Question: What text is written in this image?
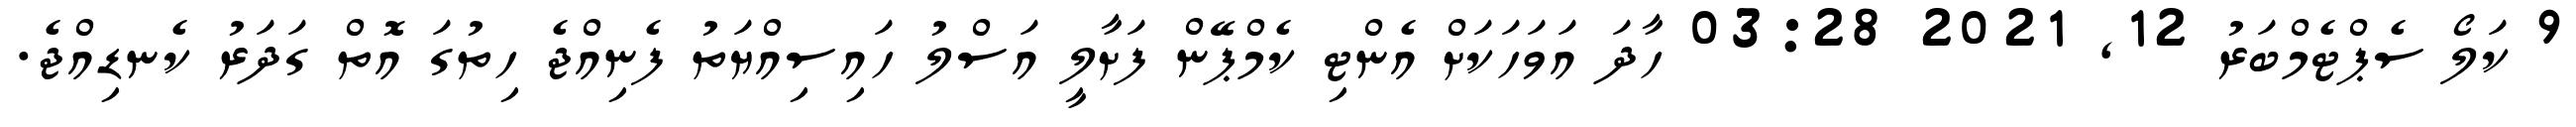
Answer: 9 ކަލޯ ސެޕްޓެމްބަރު 12, 2021 03:28 ހާދަ އަވަހަކަށް އެންޓި ކެމްޕޭން ފަށާލީ އަސްލު ހައިސިއްޔަތު ފެނިއްޖެ ހިތުގަ އޮތް ގަދަރު ކެނޑިއްޖެ.